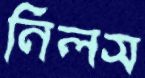
নিলস